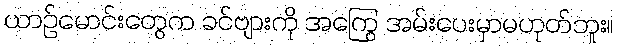
ယာဉ်မောင်းတွေက ခင်ဗျားကို အကြွေ အမ်းပေးမှာမဟုတ်ဘူး။